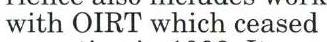
with OIRT which ceased